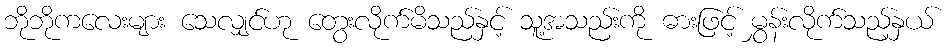
ဘိုဘိုကလေးများ သေလျှင်ဟု တွေးလိုက်မိသည်နှင့် သူ့အသည်းကို ဓားဖြင့် မွှန်းလိုက်သည့်နှယ်